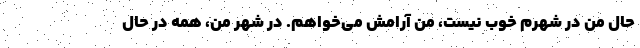
حال من در شهرم خوب نیست، من آرامش می‌خواهم. در شهر من، همه در حال